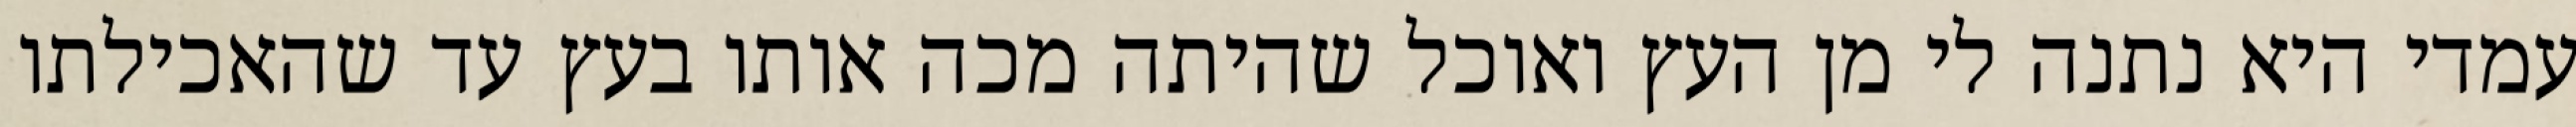
עמדי היא נתנה לי מן העץ ואוכל שהיתה מכה אותו בעץ עד שהאכילתו